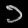
Digit: ၁